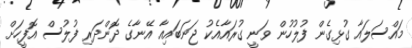
މައްސަލައާ ގުޅިގެން ފުލުހުން ވަނީ ގުރައާއެކު ޖަނަބައިއާ އޭނާގެ ދޮންދަރި ފުލުސް އޮފީހަށް